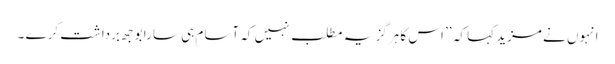
انہوں نے مزید کہا کہ ’’ اس کا ہرگز یہ مطلب نہیں کہ آسام ہی سارا بوجھ برداشت کرے ۔